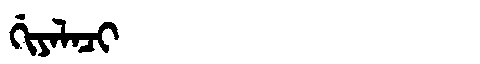
Manchu: ᡤᡳᠶᠠᠯᠠᠴᡳ
Romanization: GIYALACI